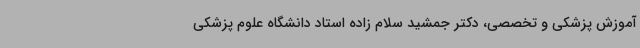
آموزش پزشکی و تخصصی، دکتر جمشید سلام زاده استاد دانشگاه علوم پزشکی